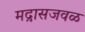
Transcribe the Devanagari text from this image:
मद्रासजवळ